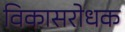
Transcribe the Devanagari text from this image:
विकासरोधक